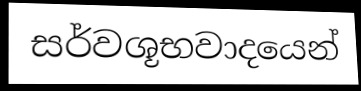
සර්වශූභවාදයෙන්